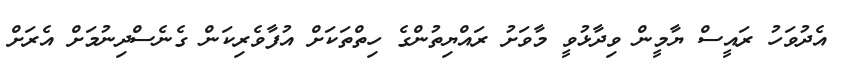
އެދުވަހު ރައީސް ޔާމީން ވިދާޅުވީ މާވަށު ރައްޔިތުންގެ ހިތްތަކަށް އުފާވެރިކަން ގެނެސްދިނުމަށް އެރަށް